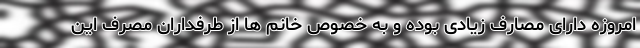
امروزه دارای مصارف زیادی بوده و به خصوص خانم ها از طرفداران مصرف این